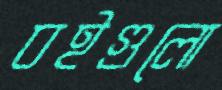
বইগুলো